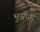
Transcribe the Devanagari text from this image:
भुजण्ग